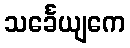
သင်္ခေယျကေ